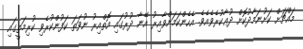
މައްޗަށް ކަށުނަމާދުކޮށް ދުޢާކުރެވެއެވެ. އެހެންކަމަށްވާއިރު އޭނާ ދުރުގައި އޮތްއިރު ނުވަތަ ކަފުންކުރެވި ކުރިމަތީގައި